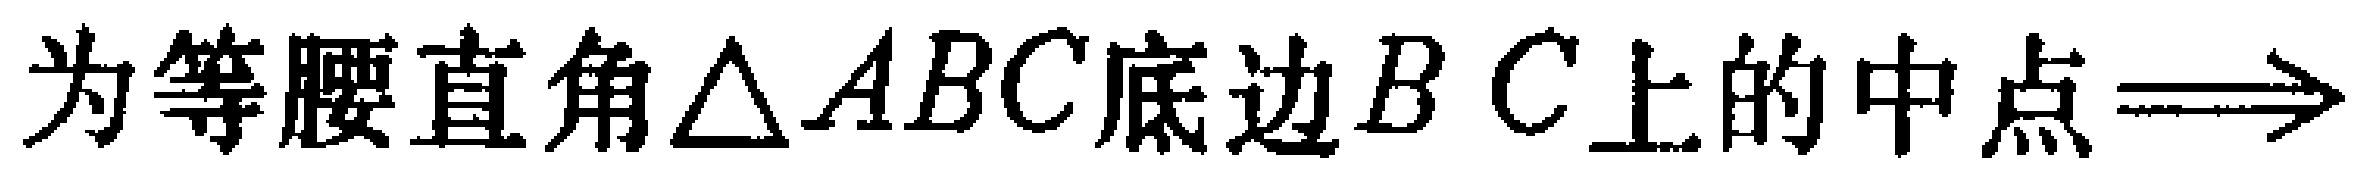
为等腰直角$\triangle ABC$底边$BC$上的中点$\Longrightarrow$